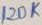
Text: 120K